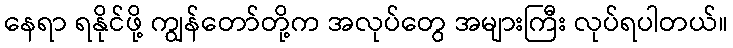
နေရာ ရနိုင်ဖို့ ကျွန်တော်တို့က အလုပ်တွေ အများကြီး လုပ်ရပါတယ်။